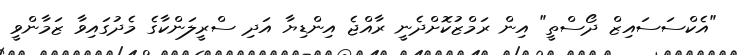
"އެކްސަސައިޒް ދޯސްތީ" އިން ރަމްޒުކޮށްދެނީ ރާއްޖެ އިންޑިޔާ އަދި ސްރީލަންކާގެ މެދުގައިވާ ޒަމާންވީ